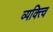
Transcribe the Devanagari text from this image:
व्यक्त्वि